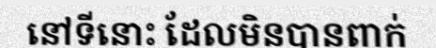
នៅទីនោះ ដែលមិនបានពាក់